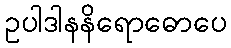
ဥပါဒါနနိရောဓောပေ